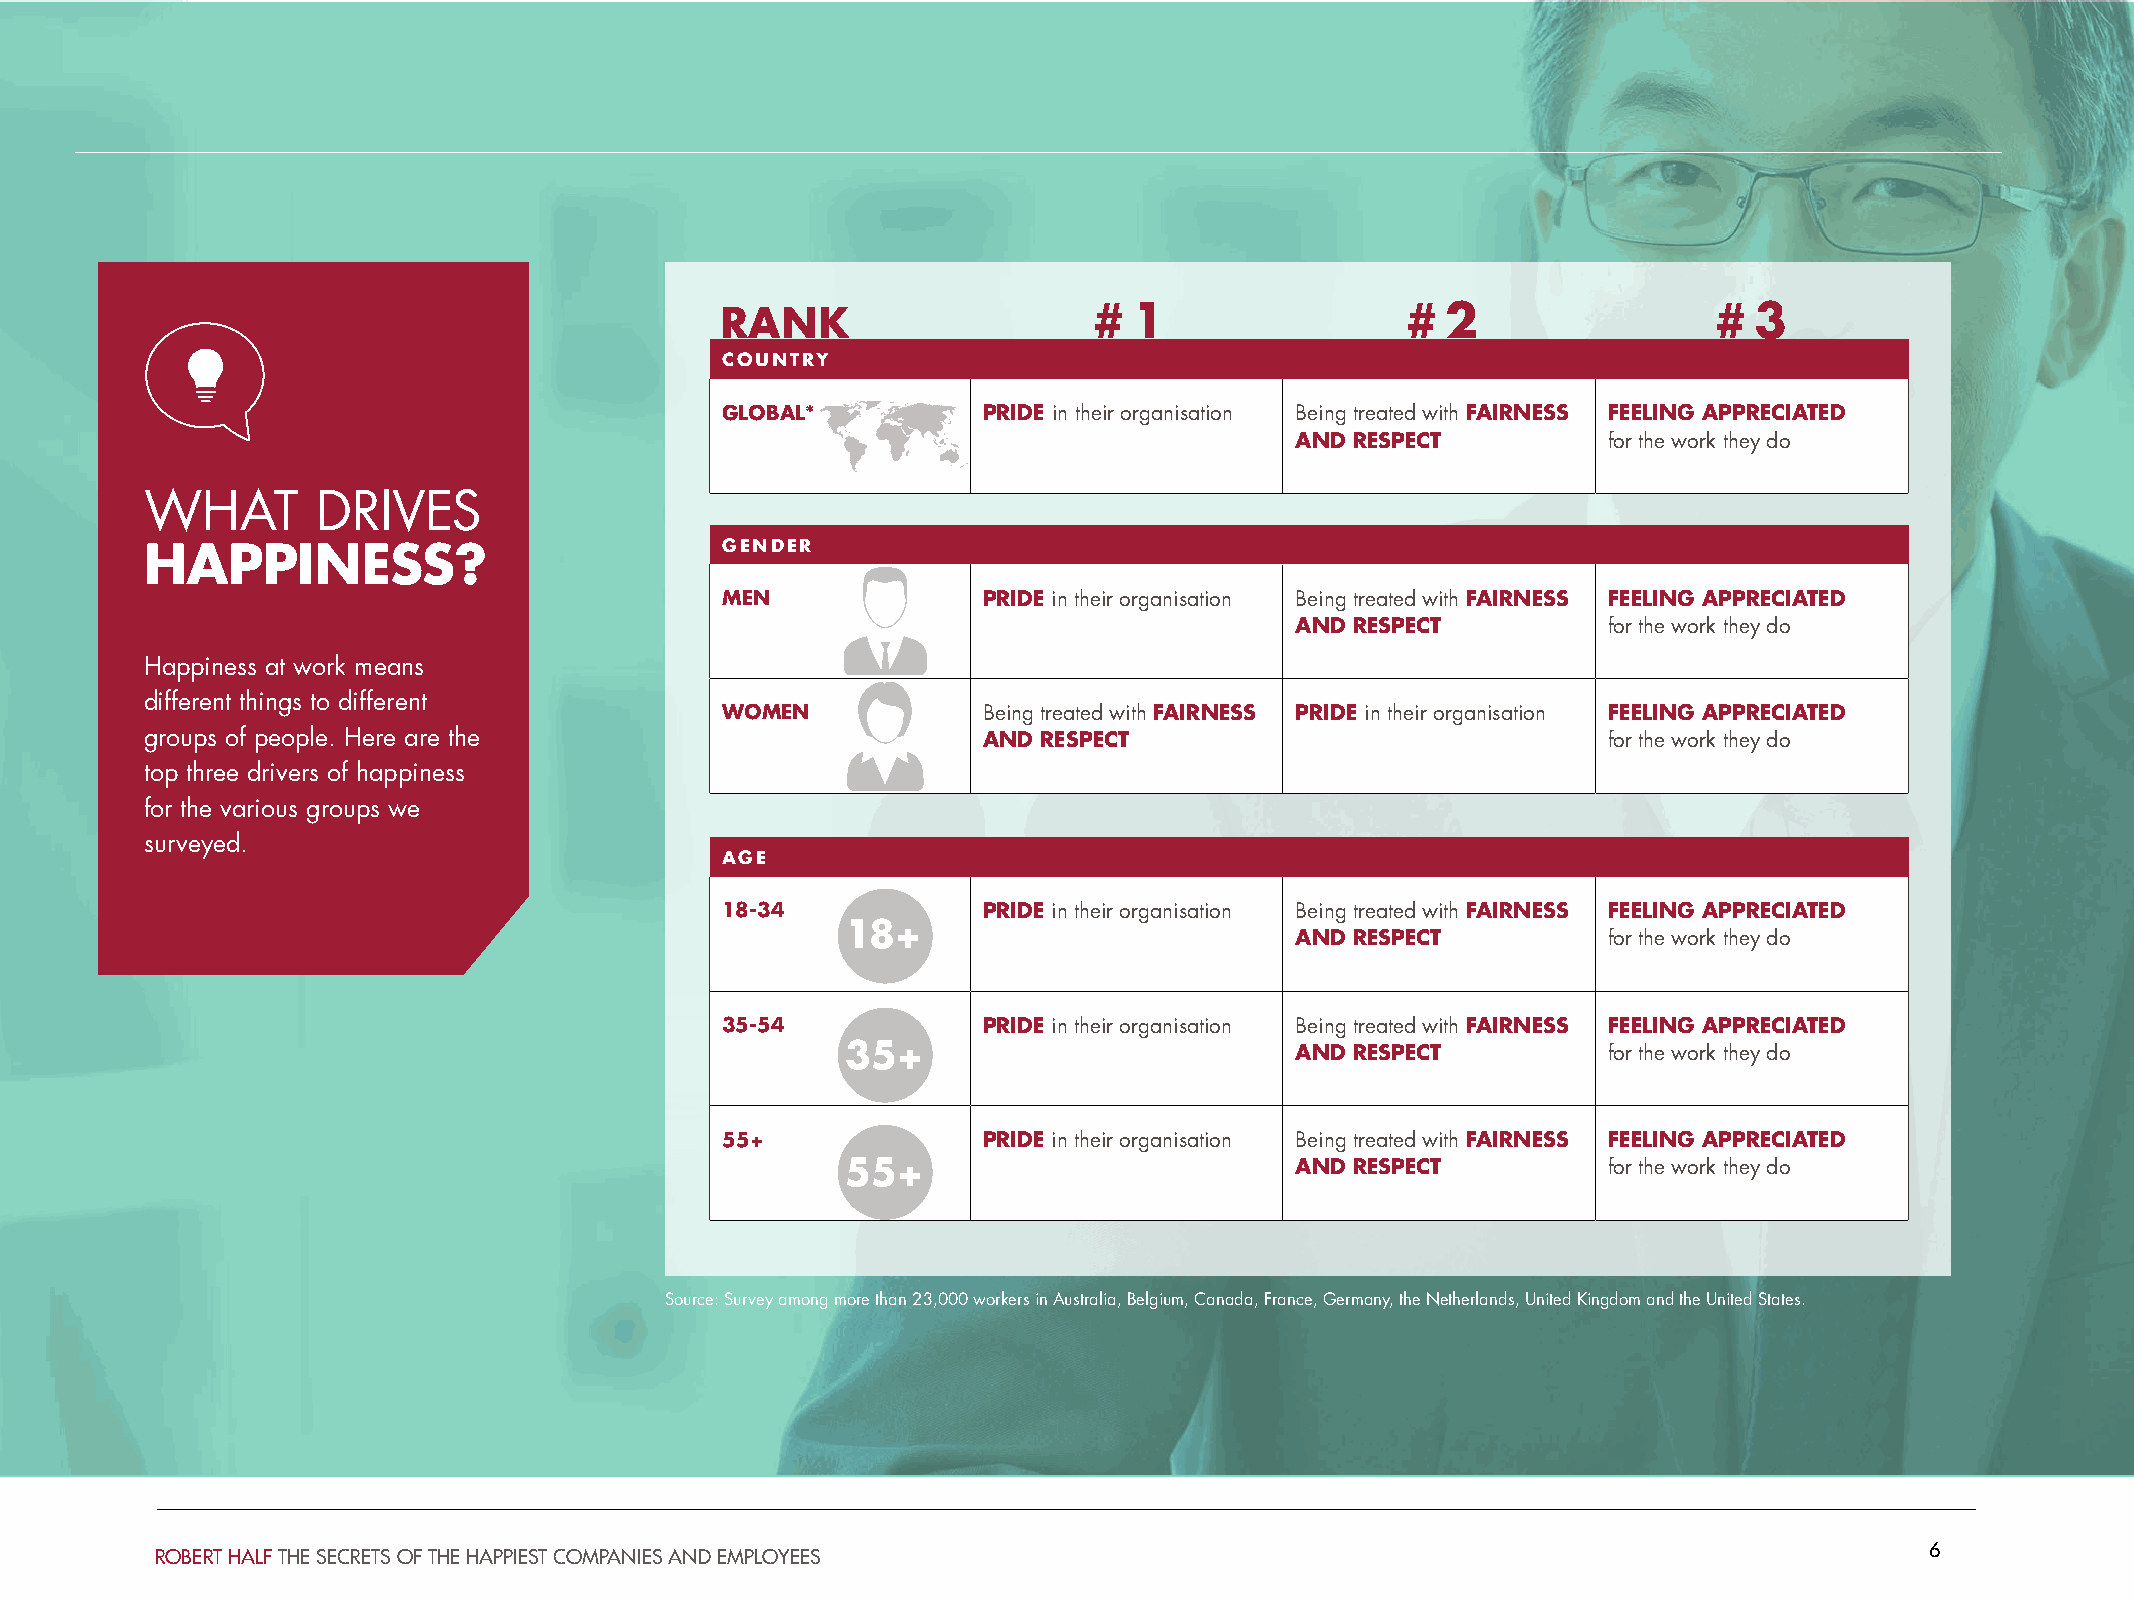
RANK                    #  1                 #  2                #  3
 COUNTRY
 GLOBAL*          PRIDE in their organisation Being treated with FAIRNESS FEELING APPRECIATED
 AND RESPECT         for the work they do
 WHAT       DRIVES
 HAPPINESS?                            GENDER
 MEN              PRIDE in their organisation Being treated with FAIRNESS FEELING APPRECIATED
 AND RESPECT         for the work they do
 Happiness at work means
 different things to different
 WOMEN            Being treated with FAIRNESS PRIDE in their organisation FEELING APPRECIATED
 groups of people. Here are the                         AND RESPECT                              for the work they do
 top three drivers of happiness
 for the various groups we
 surveyed.
 AGE
 18-34            PRIDE in their organisation Being treated with FAIRNESS FEELING APPRECIATED
 18+
 AND RESPECT         for the work they do
 35-54            PRIDE in their organisation Being treated with FAIRNESS FEELING APPRECIATED
 35+                           AND RESPECT         for the work they do
 55+              PRIDE in their organisation Being treated with FAIRNESS FEELING APPRECIATED
 55+                           AND RESPECT         for the work they do
 Source: Survey among more than 23,000 workers in Australia, Belgium, Canada, France, Germany, the Netherlands, United Kingdom and the United States.
 6
 ROBERT HALF THE SECRETS OF THE HAPPIEST COMPANIES AND EMPLOYEES